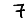
Digit: 7